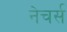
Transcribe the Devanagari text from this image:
नेचर्स